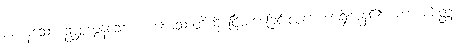
ခံကုန်သော ဥဒ္ဓစ္စလွန်သော ကိလေသာတို့ကို ငြိမ်းစေခြင်းလက္ခဏာရှိကုန်၏။ ကာယစိတ္တ